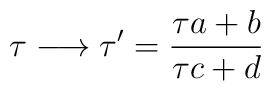
\tau \longrightarrow \tau' = \frac{\tau a + b}{\tau c + d }